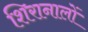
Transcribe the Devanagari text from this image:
शिरानालों